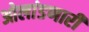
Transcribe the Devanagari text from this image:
ओलांडणारी